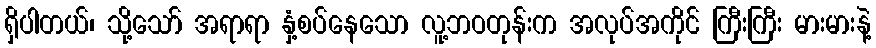
ရှိပါတယ်၊ သို့သော် အရာရာ နှံ့စပ်နေသော လူ့ဘဝတုန်းက အလုပ်အကိုင် ကြီးကြီး မားမားနဲ့